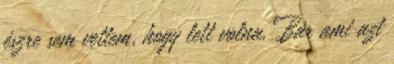
észre sem vettem, hogy lett volna. Bár ami azt